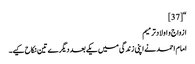
“[37]
ازواج و اولادترمیم
امام احمد نے اپنی زندگی میں یکے بعد دیگرے تین نکاح کیے۔